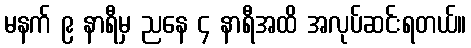
မနက် ၉ နာရီမှ ညနေ ၄ နာရီအထိ အလုပ်ဆင်းရတယ်။